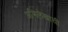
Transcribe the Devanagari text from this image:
अभिलेखाची